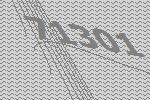
71301